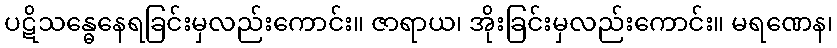
ပဋိသန္ဓေနေရခြင်းမှလည်းကောင်း။ ဇာရာယ၊ အိုးခြင်းမှလည်းကောင်း။ မရဏေန၊